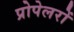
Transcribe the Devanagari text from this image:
प्रोपेलरों